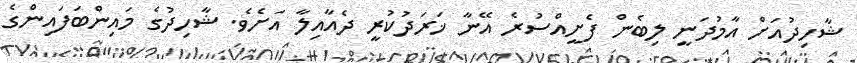
ޝާހިދުއަށް އާމުދަނީ ލިބެން ފެށީއްސުރެ އޭނާ ޚަރަދުކުރީ ދެއާއިލާ އަށެވެ. ޝާހިދުގެ މައިންބަފައިންގެ